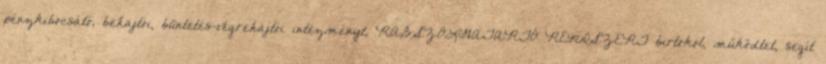
pénzkibocsátó, behajtói, büntetés-végrehajtói intézményt, RABSZOLGATARTÓ RENDSZERT birtokol, működtet, segít